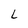
Character: L